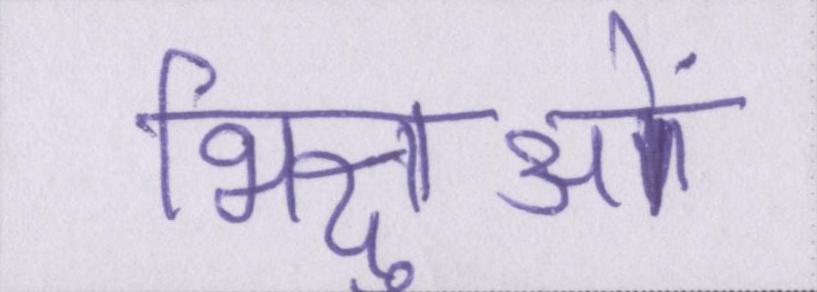
भिक्षुओं